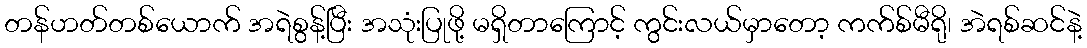
တန်ဟတ်တစ်ယောက် အရဲစွန့်ပြီး အသုံးပြုဖို့ မရှိတာကြောင့် ကွင်းလယ်မှာတော့ ကက်စ်မီရို၊ အဲရစ်ဆင်နဲ့